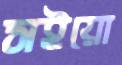
সইয়ো